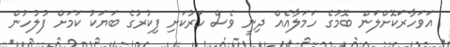
އަވަހާރަކޮށްލަން ބޮމުގެ ހަމަލާއެއް ދިނީ ވެސް ހަރުކަށި ފިކުރުގެ ބަޔަކު ކަމަށް ފުލުހުން